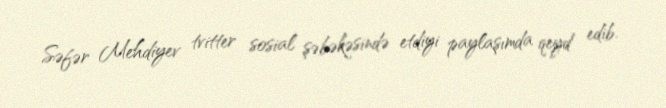
Səfər Mehdiyev tvitter sosial şəbəkəsində etdiyi paylaşımda qeyd edib.